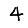
Digit: 4